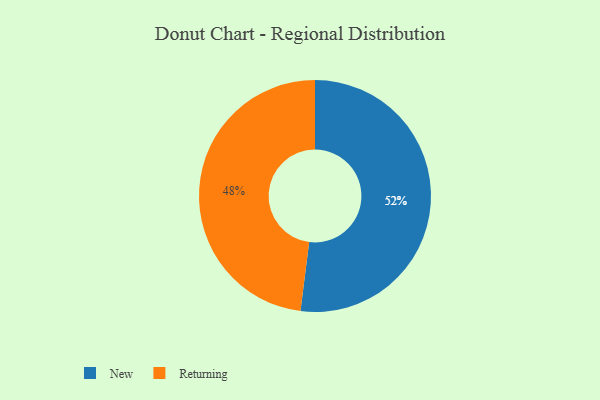
{"axis": {"x": "Category", "y": "Percentage"}, "legend": ["New", "Returning"], "data": [{"x": "New", "y": 52, "type": "New"}, {"x": "Returning", "y": 48, "type": "Returning"}]}